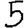
Digit: 5